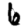
Digit: 6